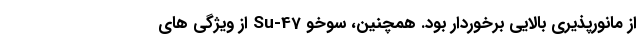
از مانورپذیری بالایی برخوردار بود. همچنین، سوخو Su-47 از ویژگی های